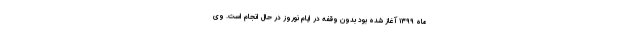
ماه ۱۳۹۹ آغاز شده بود بدون وقفه در ایام نوروز در حال انجام است. وی